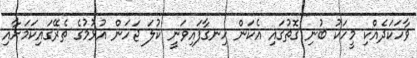
ވާހަކަދެއްކި މީހަކު ބުނި ގޮތުގައި އެކަން ހިނގާފައިވަނީ ކުލަ ޖަހަން އުޅުމުގެ ތެރޭގައިކަމަށާއި